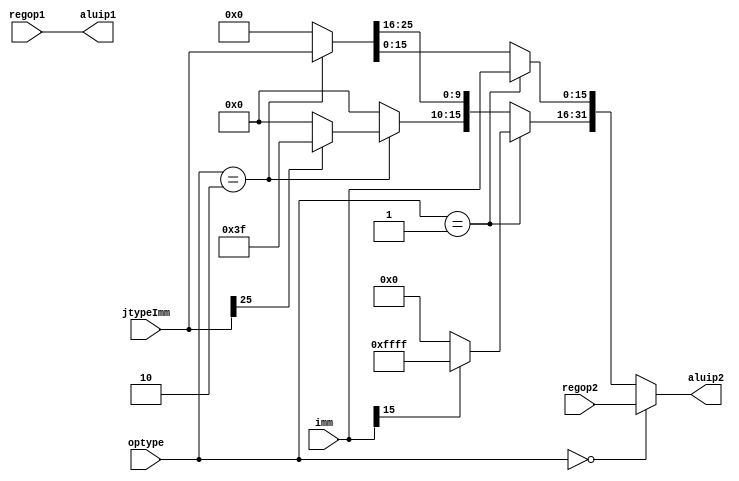
`timescale 1ns / 1ps
//////////////////////////////////////////////////////////////////////////////////
// Company: 
// Engineer: 
// 
// Design Name: 
// Module Name:    ALU_MUXER 
// Project Name: 
// Target Devices: 
// Tool versions: 
// Description: 
//
// Dependencies: 
//
// Revision: 
// Revision 0.01 - File Created
// Additional Comments: 
//
//////////////////////////////////////////////////////////////////////////////////
module ALU_MUXER(
	input [31:0] regop1,
	input [31:0] regop2,
	
	input [15:0] imm,
	input [25:0] jtypeImm,
	
	input [1:0] optype,
	
	
	output [31:0] aluip1,
	output reg [31:0] aluip2
);

assign aluip1=regop1;


always@(*)
begin
	if(optype==2'h0) //r-type
		aluip2=regop2;
	else if(optype==2'h1) //i-type
	begin
		if(imm[15]==0)
			aluip2[31:16]=16'b0;
		else
			aluip2[31:16]=16'hFFFF;
		aluip2[15:0]=imm;
	end
	else if(optype==2'h2) //j-type
	begin
		if(jtypeImm[25]==0)
			aluip2[31:26]=6'b0;
		else
			aluip2[31:26]=6'b111111;
		aluip2[25:0]=jtypeImm;
	end
	else
		aluip2=32'b0;
end

endmodule